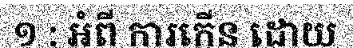
១ : អំពី ការកើន ដោយ